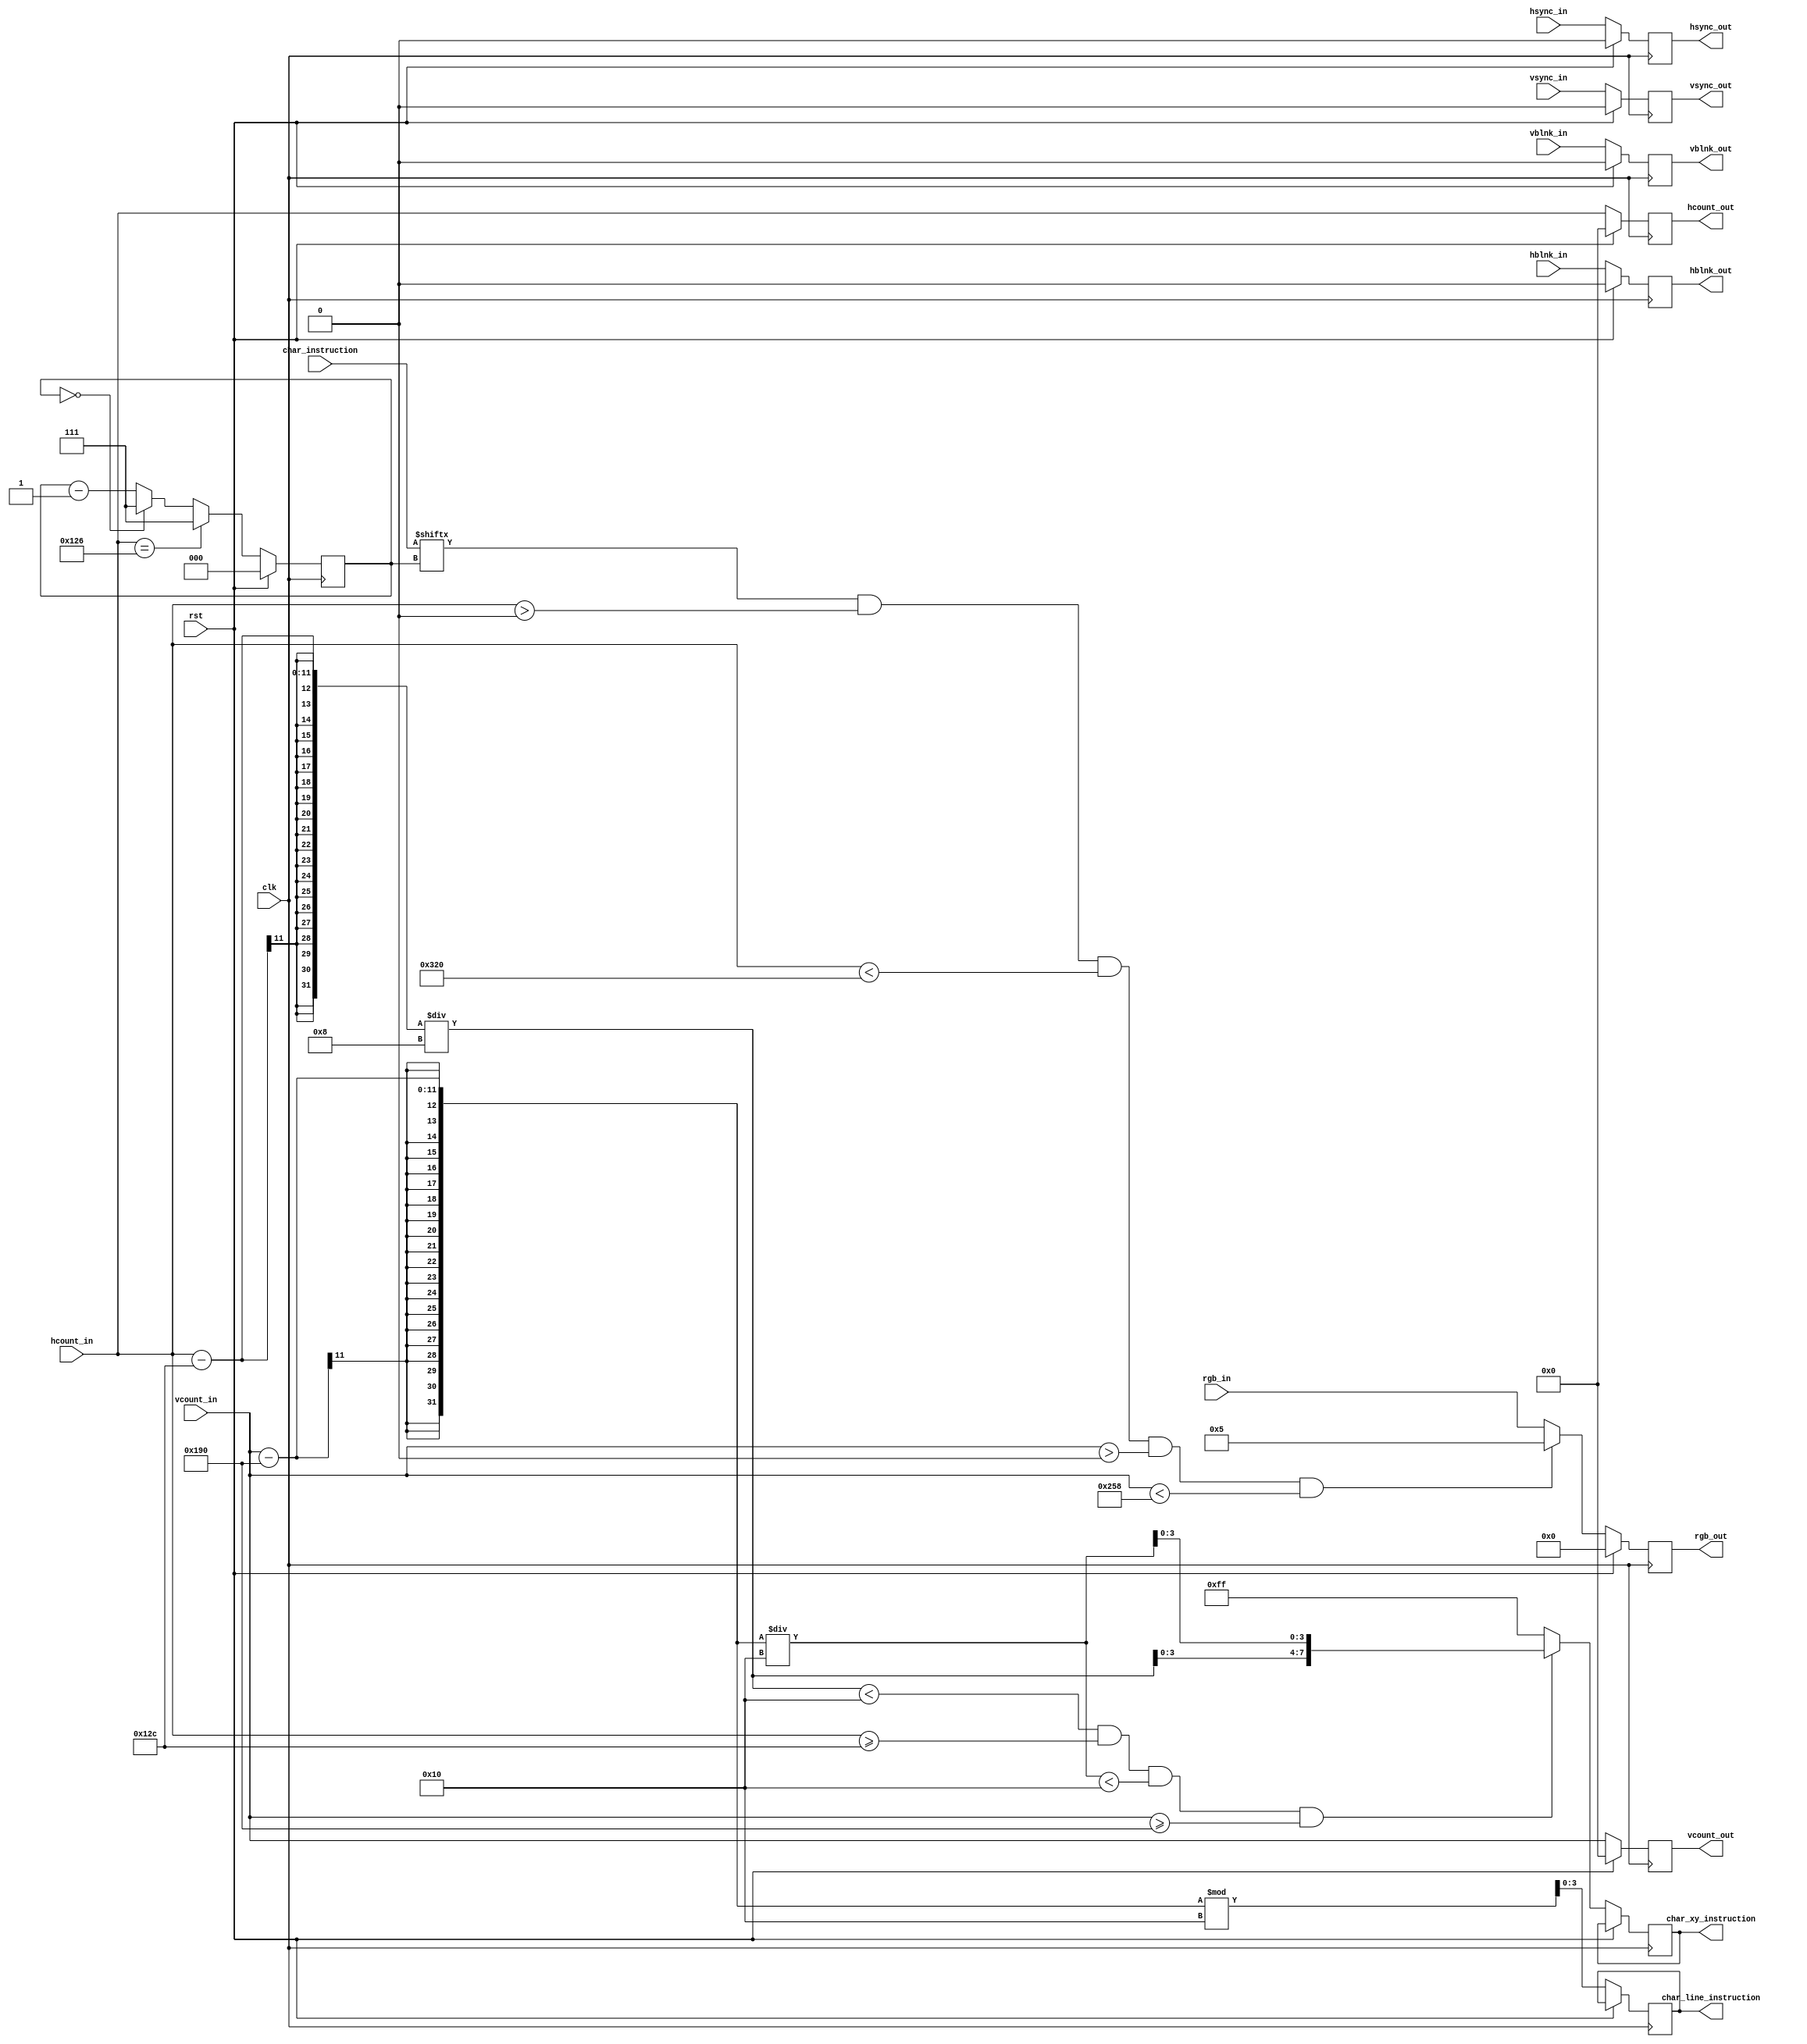
`timescale 1ns / 1ps

//////////////////////////////////////////////////////////////////////////////////
// Module Name: draw_char
// Project Name: Statki
// Description: Modu odpowiada za wywietlanie wiadomoci o stanie programu na ekran
//////////////////////////////////////////////////////////////////////////////////

    module draw_char(
    input wire clk,
    input wire rst,
    input wire [10:0] hcount_in,
    input wire hsync_in,
    input wire hblnk_in,
    input wire [10:0] vcount_in,
    input wire vsync_in,
    input wire vblnk_in,
    input wire [11:0] rgb_in,
    input wire [7:0] char_instruction, //char_player1, char_player2,
    output reg [10:0] hcount_out,
    output reg hsync_out,
    output reg hblnk_out,
    output reg [10:0] vcount_out,
    output reg vsync_out,
    output reg vblnk_out,
    output reg [11:0] rgb_out,
    output reg [7:0] char_xy_instruction, //char_xy_player1, char_xy_player2,
    output reg [3:0] char_line_instruction //char_line_player1, char_line_player2
    );
    
    reg [11:0] rgb_out_nxt;
    reg [2:0] counter, counter_nxt;
    reg [7:0] char_xy_nxt;
    reg [3:0] char_line_nxt;    
    reg [3:0] char_x, char_y;
    
    localparam H_MIN = 0;
    localparam H_MAX = 800;
    localparam Y_MIN = 0;
    localparam Y_MAX = 600;
    localparam X_POSITION = 300;
    localparam Y_POSITION = 400; //500
        
    always @(posedge clk)
    begin
        if(rst)
        begin
            hcount_out <= 0;
            hsync_out  <= 0;
            hblnk_out  <= 0;
            vcount_out <= 0;
            vsync_out  <= 0;
            vblnk_out  <= 0;
            rgb_out    <= 0; 
            counter    <= 0;           
        end
        else
        begin
            hcount_out <= hcount_in;
            hsync_out  <= hsync_in;
            hblnk_out  <= hblnk_in;
            vcount_out <= vcount_in;
            vsync_out  <= vsync_in;
            vblnk_out  <= vblnk_in;
            rgb_out    <= rgb_out_nxt;
            char_xy_instruction <= char_xy_nxt;
            char_line_instruction <= char_line_nxt;
            counter    <= counter_nxt;            
        end
    end
    
    always @*
    begin
        if(counter == 0)
            counter_nxt = 7;
        else
            counter_nxt = counter-1;
        if(hcount_in == X_POSITION-6)
                counter_nxt = 7;
        if((char_instruction[counter] == 1) && (hcount_in > H_MIN) && (hcount_in < H_MAX) && (vcount_in > Y_MIN) && (vcount_in < Y_MAX))
            rgb_out_nxt = 5;
        else
            rgb_out_nxt = rgb_in;
        if(((hcount_in-X_POSITION)/8 < 16) && (hcount_in >= X_POSITION) && ((vcount_in-Y_POSITION)/16 < 16) && (vcount_in >= Y_POSITION))
        begin
            char_x = (hcount_in-X_POSITION)/8;
            char_y = (vcount_in-Y_POSITION)/16;
            char_xy_nxt = {char_x, char_y};
        end
        else
            char_xy_nxt = 8'hff;
        char_line_nxt = (vcount_in-Y_POSITION)%16;
    end
endmodule